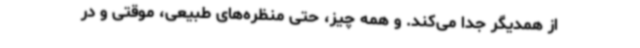
از همدیگر جدا می‌کند. و همه چیز، حتی منظره‌های طبیعی، موقتی و در